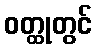
ဝတ္ထုတွင်